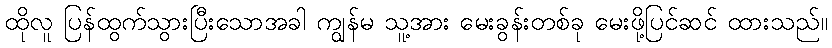
ထိုလူ ပြန်ထွက်သွားပြီးသောအခါ ကျွန်မ သူ့အား မေးခွန်းတစ်ခု မေးဖို့ပြင်ဆင် ထားသည်။